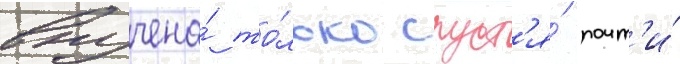
вручена́ то́лько спуст'я́ почт'и́